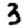
Digit: 3